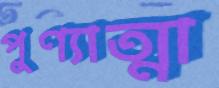
পুণ্যাত্মা